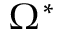
\Omega ^ { \ast }